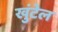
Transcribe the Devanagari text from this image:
खुंटेल